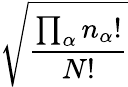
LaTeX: \sqrt{\frac{\prod_{\alpha}n_{\alpha}!}{N!}}